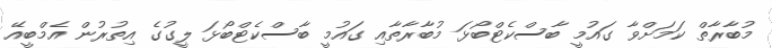
މުބާރާތް ކަމަށްވާ ގައުމީ ބާސްކެޓްބޯޅަ މުބާރާތާއި ގައުމީ ބާސްކެޓްބޯޅަ ލީގުގެ އިތުރުން އެމްބީއޭ